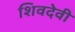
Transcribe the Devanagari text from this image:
शिवदेवी